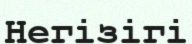
Негізігі